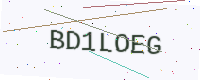
Text: BD1LOEG